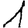
Digit: 1